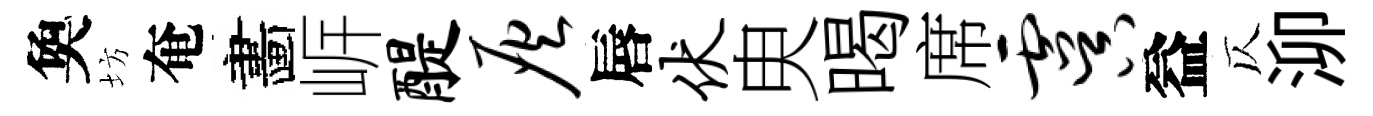
奐坊奄畵㟁醍灰唇伏㬰暍席虞益仄泖